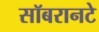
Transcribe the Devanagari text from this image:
सॉबरानटे